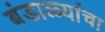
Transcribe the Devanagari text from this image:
बंडाळ्यांचा